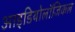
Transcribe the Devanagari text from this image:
आइडियोलॉजिकल